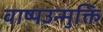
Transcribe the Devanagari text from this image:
वाष्पउन्मुक्ति